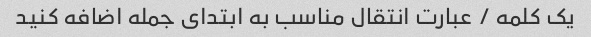
یک کلمه / عبارت انتقال مناسب به ابتدای جمله اضافه کنید